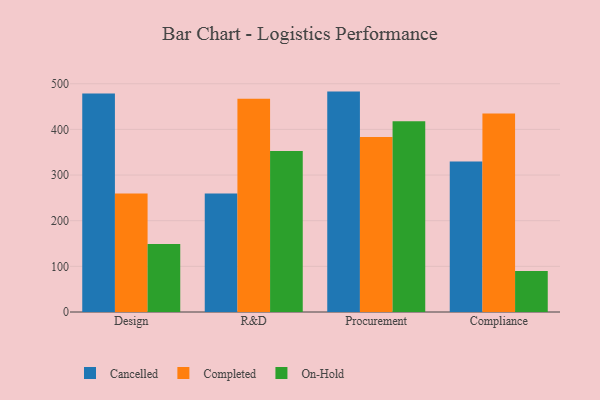
{"axis": {"x": "Department", "y": "Population (Million)"}, "legend": ["Cancelled", "Completed", "On-Hold"], "data": [{"x": "Design", "y": 478.6, "type": "Cancelled"}, {"x": "Design", "y": 259.5, "type": "Completed"}, {"x": "Design", "y": 149.2, "type": "On-Hold"}, {"x": "R&D", "y": 259.6, "type": "Cancelled"}, {"x": "R&D", "y": 467.3, "type": "Completed"}, {"x": "R&D", "y": 352.7, "type": "On-Hold"}, {"x": "Procurement", "y": 482.8, "type": "Cancelled"}, {"x": "Procurement", "y": 383.2, "type": "Completed"}, {"x": "Procurement", "y": 417.8, "type": "On-Hold"}, {"x": "Compliance", "y": 329.9, "type": "Cancelled"}, {"x": "Compliance", "y": 434.9, "type": "Completed"}, {"x": "Compliance", "y": 89.8, "type": "On-Hold"}]}